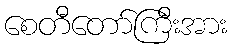
စေတီတော်ကြီးအား